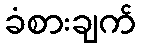
ခံစားချက်